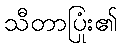
သီတာပြုံး၏